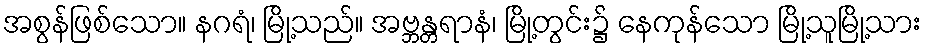
အစွန်ဖြစ်သော။ နဂရံ၊ မြို့သည်။ အဗ္ဘန္တရာနံ၊ မြို့တွင်း၌ နေကုန်သော မြို့သူမြို့သား